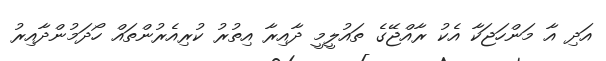
އަދި އާ މަންހަޖަކާ އެކު ރާއްޖޭގެ ތައުލީމީ ދާއިރާ އިތުރު ކުރިއެރުންތައް ހޯދަމުންދާއިރު